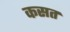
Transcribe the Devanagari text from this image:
कसत